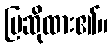
ပြဆိုထား၏။